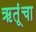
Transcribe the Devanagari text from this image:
ऋतूंचा